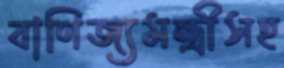
বাণিজ্যমন্ত্রীসহ